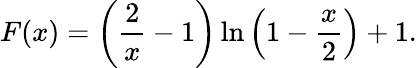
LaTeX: F(x)=\left({\frac{2}{x}}-1\right)\ln\left(1-{\frac{x}{2}}\right)+1.